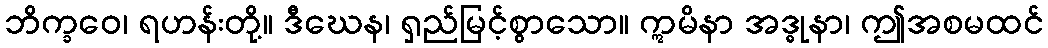
ဘိက္ခဝေ၊ ရဟန်းတို့။ ဒီဃေန၊ ရှည်မြင့်စွာသော။ ဣမိနာ အဒ္ဓုနာ၊ ဤအစမထင်